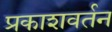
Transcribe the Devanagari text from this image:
प्रकाशवर्तन